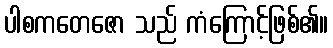
ပါစကတေဇော သည် ကံကြောင့်ဖြစ်၏။